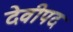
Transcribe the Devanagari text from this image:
देवीपद